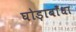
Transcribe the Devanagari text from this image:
घोड़ाबाँधा